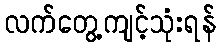
လက်တွေ့ကျင့်သုံးရန်